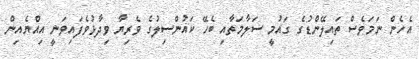
އެހެން ނަމަވެސް ތައިލޭންޑުގެ ގައުމީ ސަލާމަތާއި ބެހޭ ކައުންސިލުގެ ވެރިޔާ ވިދާޅުވެފައިވަނީ އިއްޔެއިން